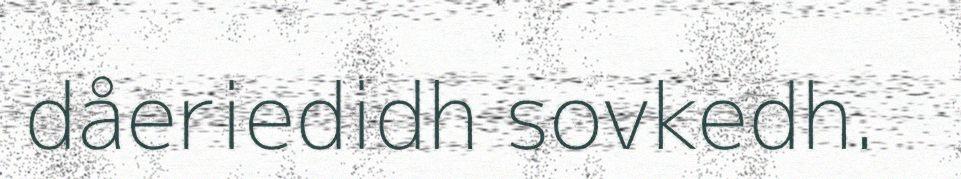
dåeriedidh sovkedh.